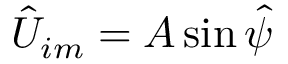
\hat { U } _ { i m } = A \sin \hat { \psi }